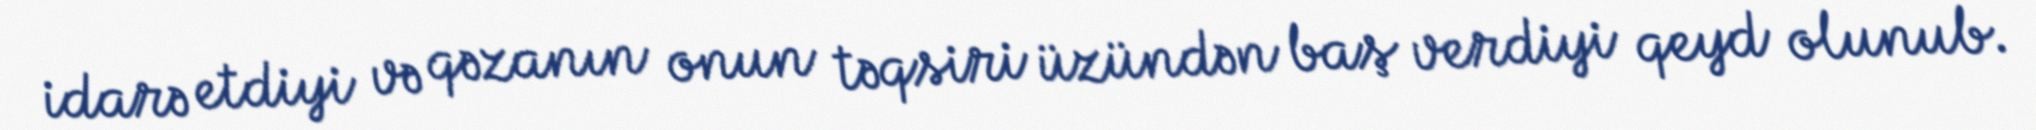
idarə etdiyi və qəzanın onun təqsiri üzündən baş verdiyi qeyd olunub.